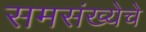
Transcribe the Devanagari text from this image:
समसंख्येचे